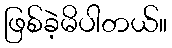
ဖြစ်ခဲ့မိပါတယ်။